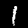
Label: 1